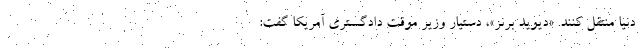
دنیا منتقل کنند. «دیوید برنز»، دستیار وزیر موقت دادگستری آمریکا گفت: